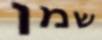
שמן